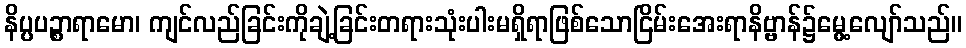
နိပ္ပပဉ္စာရာမော၊ ကျင်လည်ခြင်းကိုချဲ့ခြင်းတရားသုံးပါးမရှိရာဖြစ်သောငြိမ်းအေးရာနိဗ္ဗာန်၌မွေ့လျော်သည်။